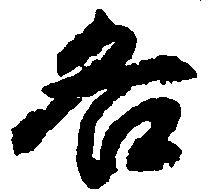
各